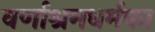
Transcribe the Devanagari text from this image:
वर्णाश्रमधर्मका